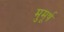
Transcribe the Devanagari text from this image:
मुमूर्ष